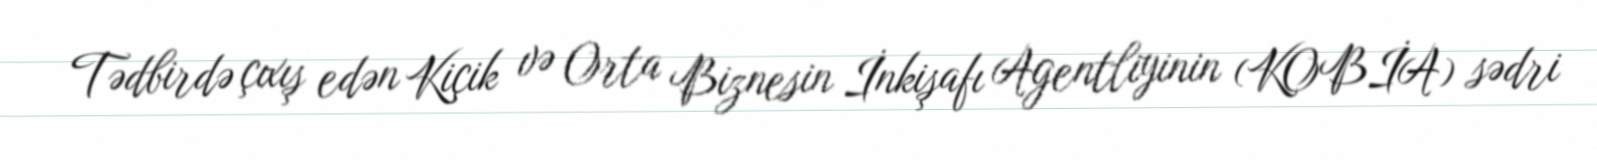
Tədbirdə çıxış edən Kiçik və Orta Biznesin İnkişafı Agentliyinin (KOBİA) sədri